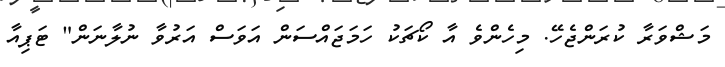
މަޝްވަރާ ކުރަންޖެހޭ. މިހެންވެ އާ ކޯޗަކު ހަމަޖައްސަން އަވަސް އަރުވާ ނުލާނަން" ޓަޕިއާ